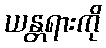
ယန္တရားကို